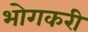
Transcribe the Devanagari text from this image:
भोगकरी